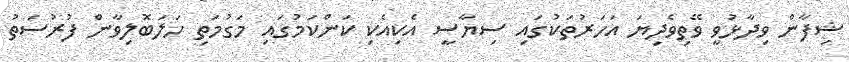
ޝިފާން ވިދާޅުވީ ވޭތިވެދިޔަ އަހަަރުތަކުގައި ސިޔާސީ އެކިއެކި ކަންކަމުގައި މަގުމަތި ހަލަބޮލިވާން ފުރުސަތު